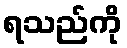
ရသည်ကို